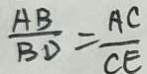
\frac { A B } { B D } = \frac { A C } { C E }